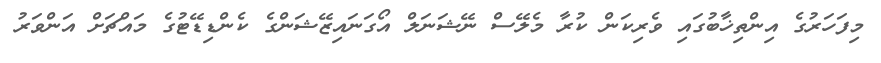
މިފަހަރުގެ އިންތިޚާބުގައި ވެރިކަން ކުރާ މެލޭސް ނޭޝަނަލް އޯގަނައިޒޭޝަންގެ ކެންޑިޑޭޓުގެ މައްޗަށް އަންވަރު